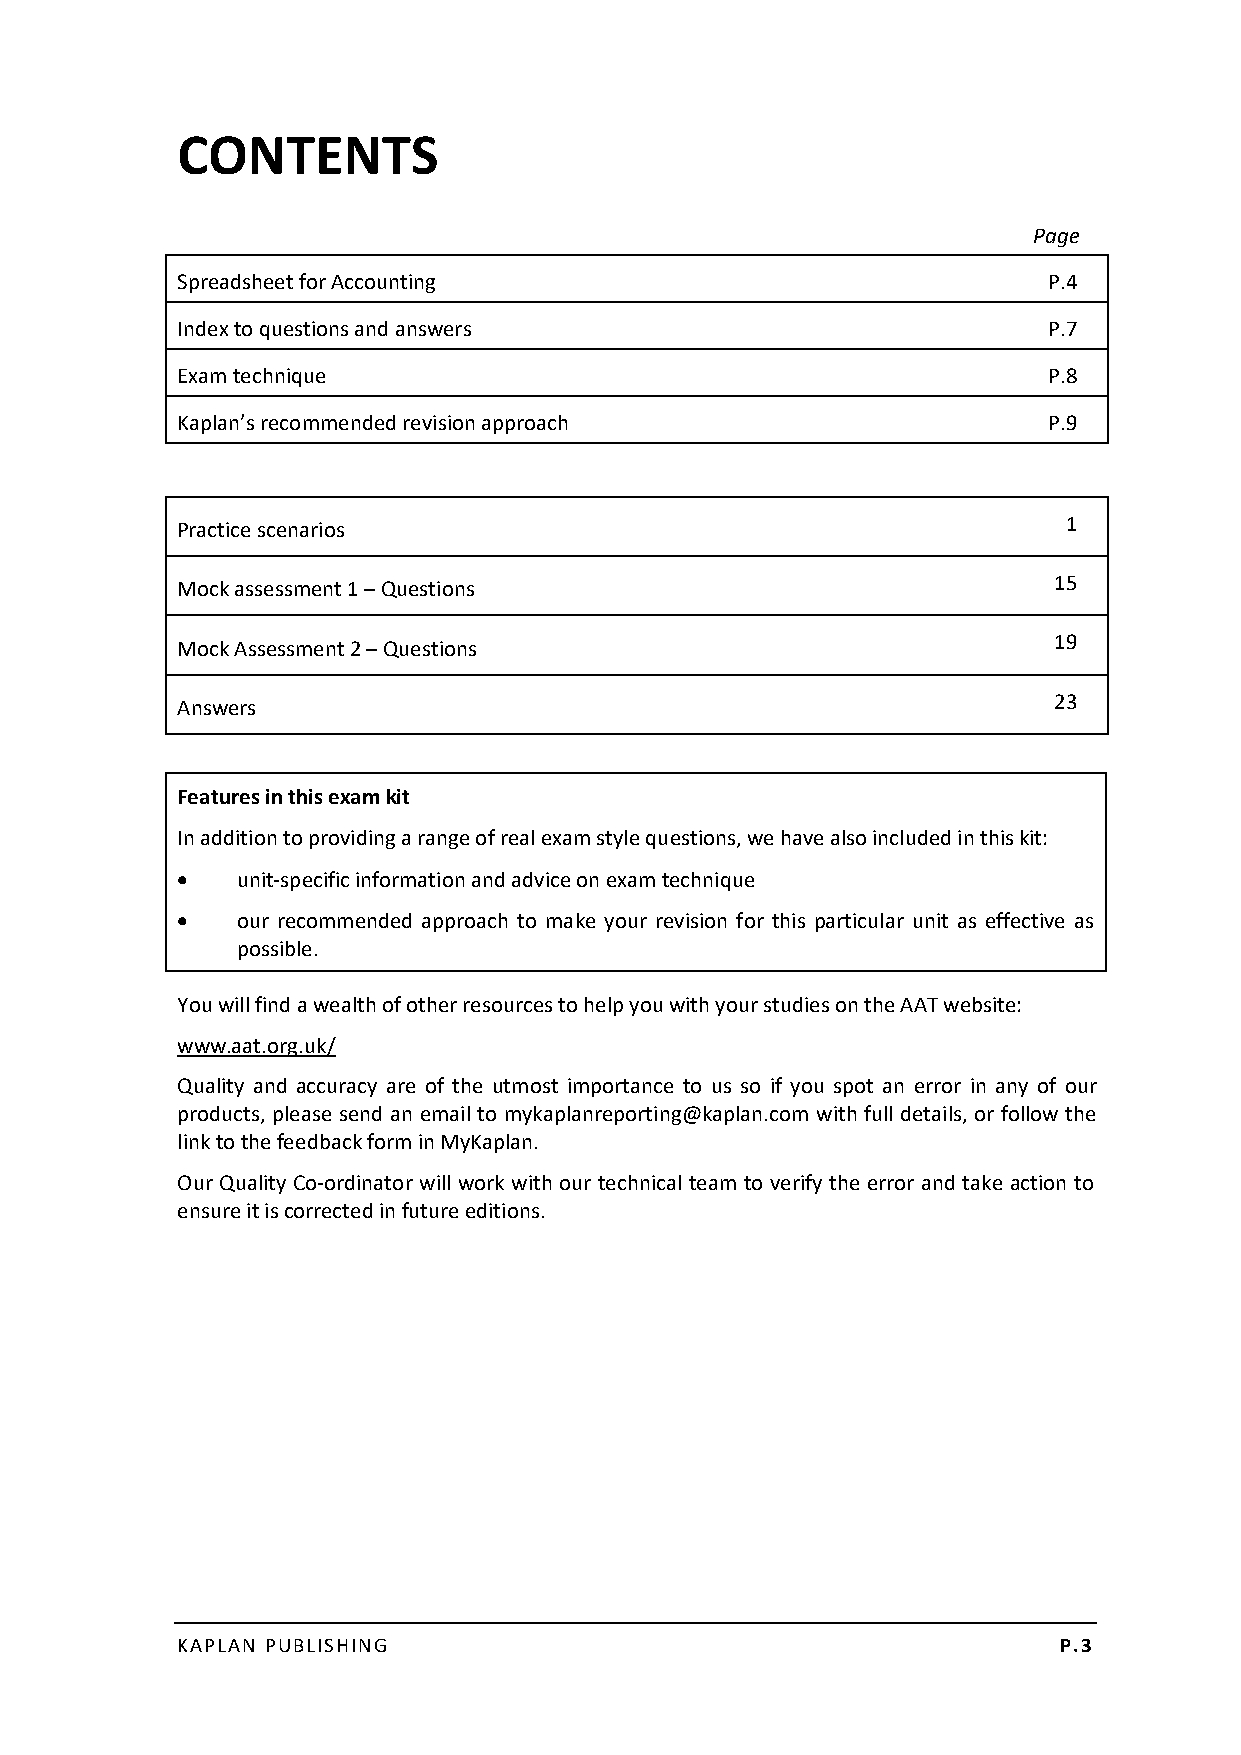
CONTENTS
 Page
 Spreadsheet for Accounting                               P.4
 Index to questions and answers                           P.7
 Exam technique                                           P.8
 Kaplan’s recommended revision approach                   P.9
 1
 Practice scenarios
 15
 Mock assessment 1 – Questions
 19
 Mock Assessment 2 – Questions
 23
 Answers
 Features in this exam kit
 In addition to providing a range of real exam style questions, we have also included in this kit:
    unit‐specific information and advice on exam technique
    our recommended approach to make your revision for this particular unit as effective as
 possible.
 You will find a wealth of other resources to help you with your studies on the AAT website:
 www.aat.org.uk/
 Quality and accuracy are of the utmost importance to us so if you spot an error in any of our
 products, please send an email to mykaplanreporting@kaplan.com with full details, or follow the
 link to the feedback form in MyKaplan.
 Our Quality Co‐ordinator will work with our technical team to verify the error and take action to
 ensure it is corrected in future editions.
 KAPLAN PUBLISHING                                         P.3